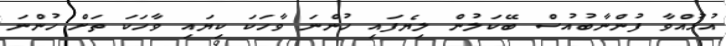
އުޅުއްވާ ފުންނާބުއުސް ބޭކަލުން ލިޔެފައި ހުންނަ ވާހަކަ ކިޔައި ވާހަކަ ތަށް ހުންނަ